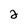
Character: 2